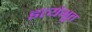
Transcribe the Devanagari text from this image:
इत्यंभूत